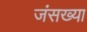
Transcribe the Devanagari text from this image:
जंसख्या